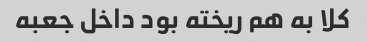
کلا به هم ریخته بود داخل جعبه